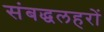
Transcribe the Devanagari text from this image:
संबद्धलहरों